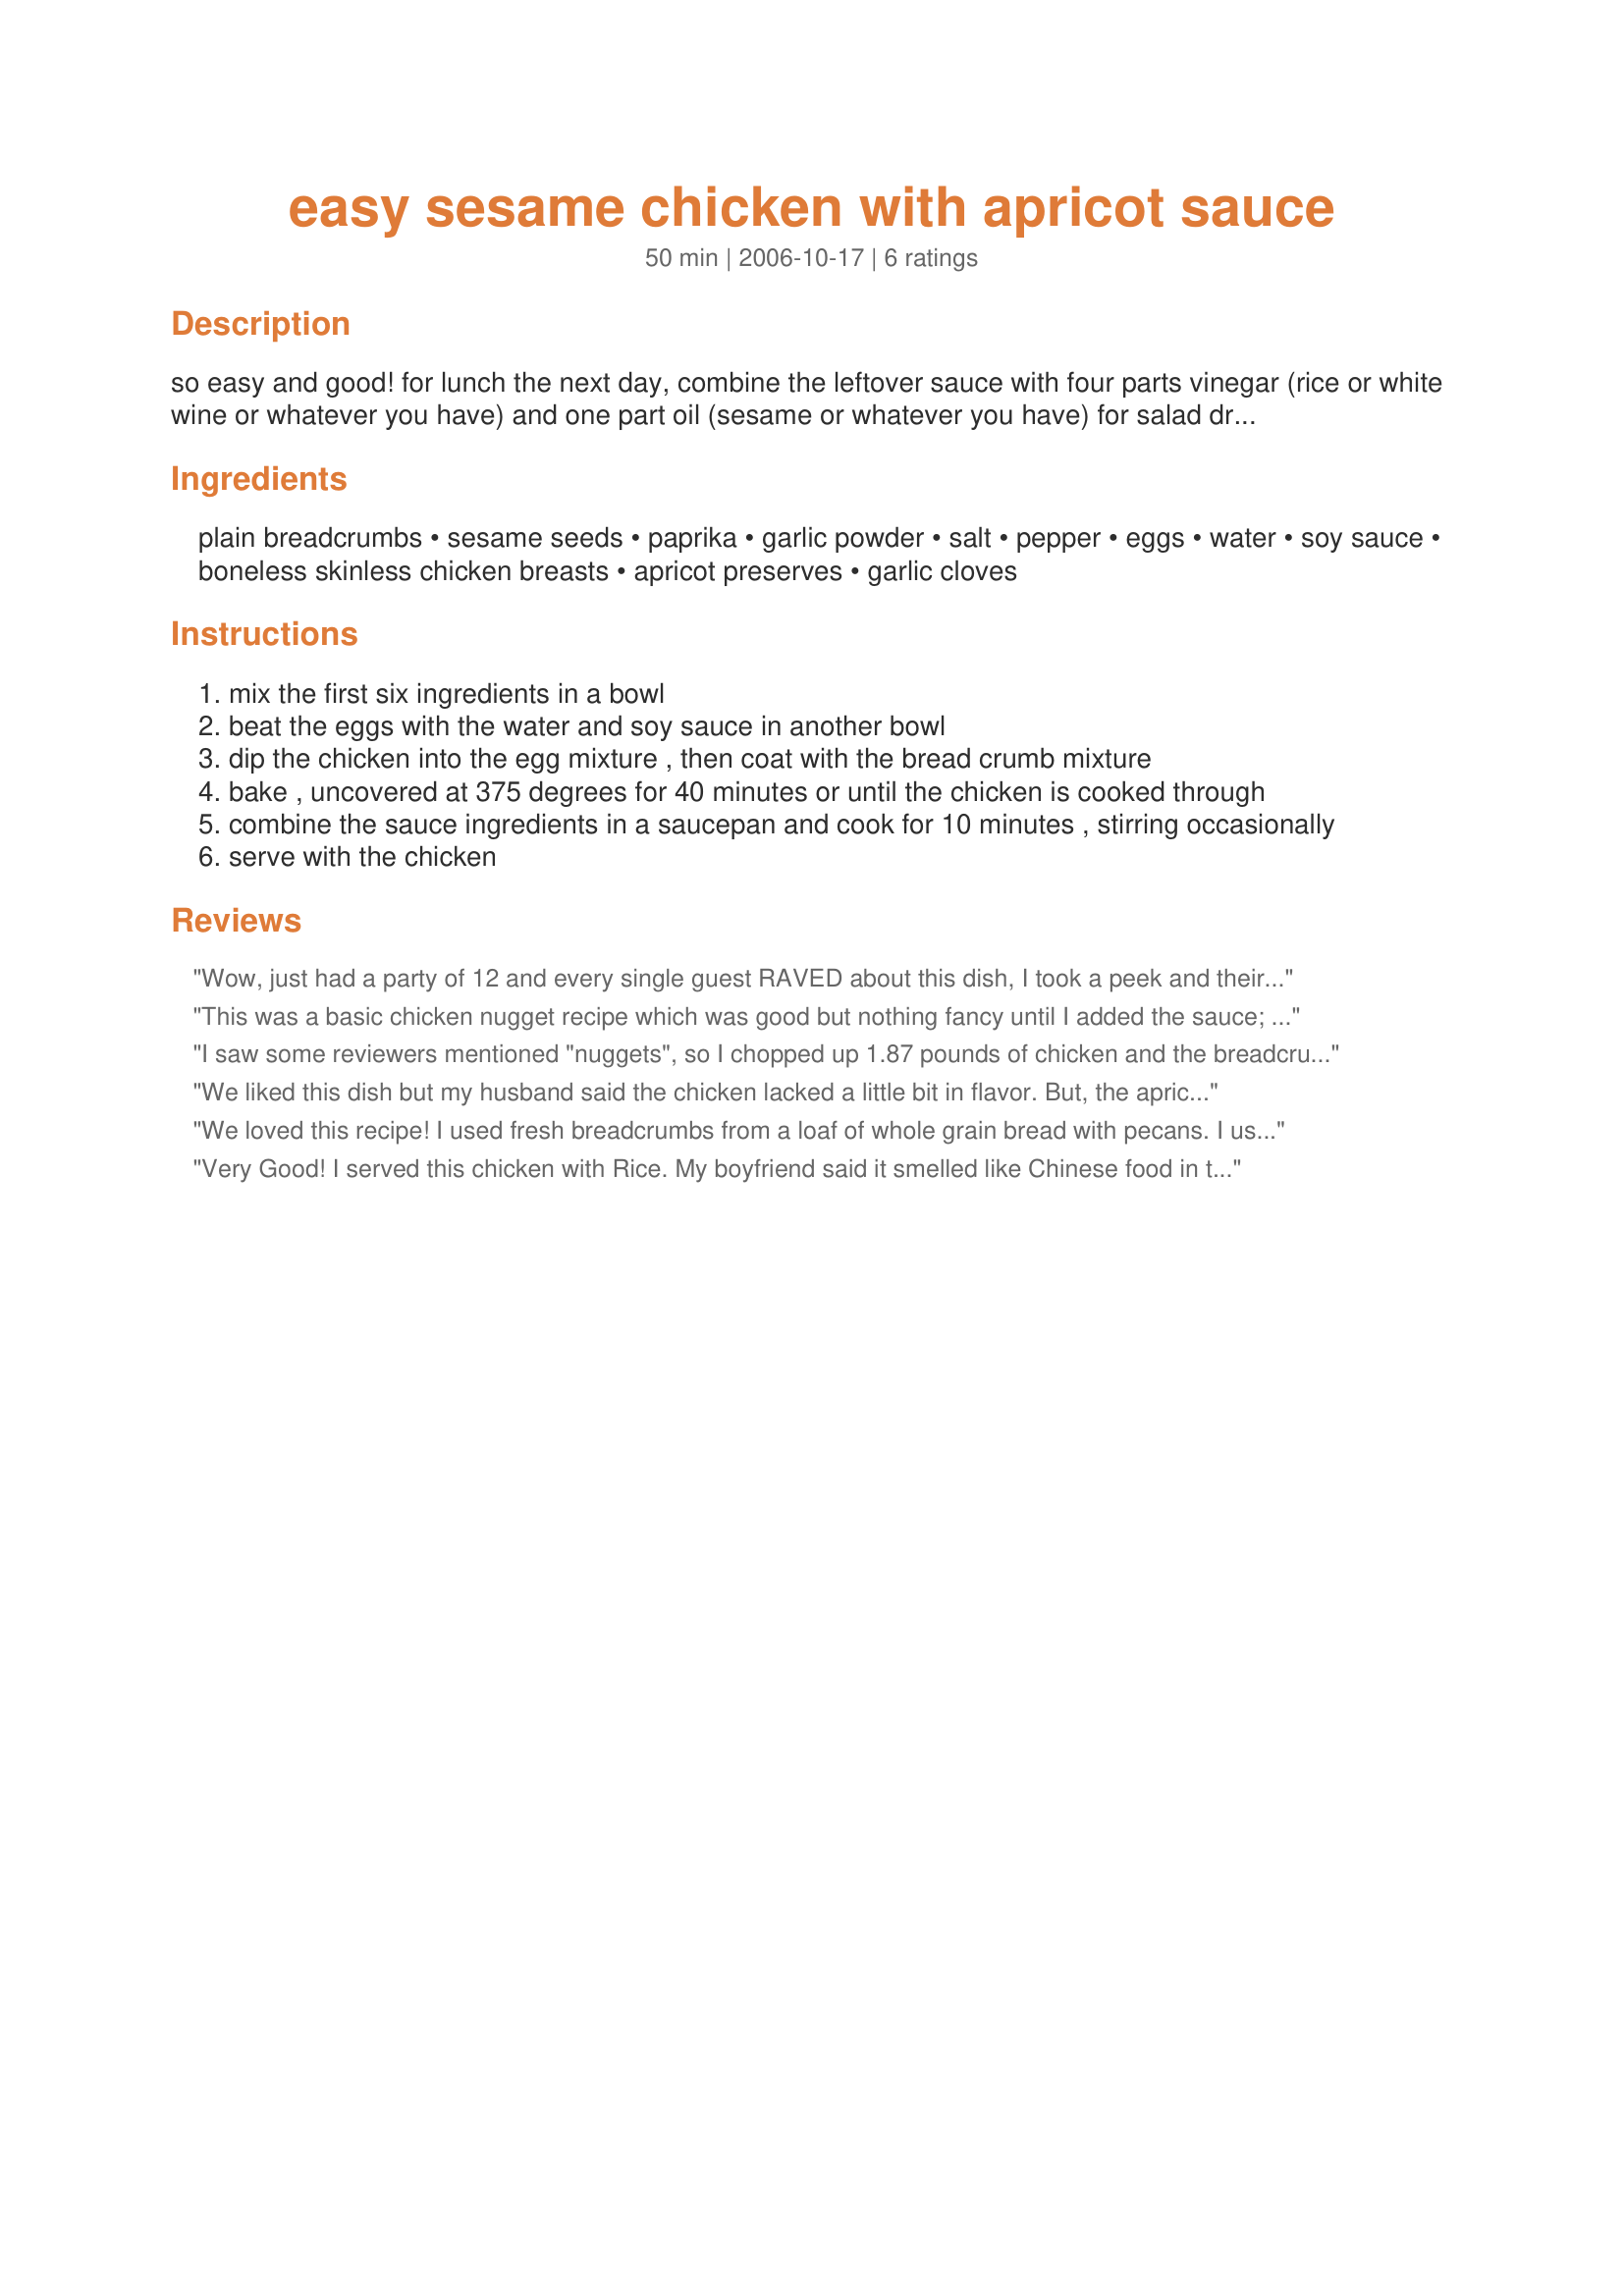
easy sesame chicken with apricot sauce
Preparation time: 50 minutes

so easy and good!

for lunch the next day, combine the leftover sauce with four parts vinegar (rice or white wine or whatever you have) and one part oil (sesame or whatever you have) for salad dressing. pour over your favorite greens, sliced leftover chicken and chopped veggies for a delicious asian salad!

Ingredients:
plain breadcrumbs, sesame seeds, paprika, garlic powder, salt, pepper, eggs, water, soy sauce, boneless skinless chicken breasts, apricot preserves, garlic cloves

Steps:
mix the first six ingredients in a bowl
beat the eggs with the water and soy sauce in another bowl
dip the chicken into the egg mixture , then coat with the bread crumb mixture
bake , uncovered at 375 degrees for 40 minutes or until the chicken is cooked through
combine the sauce ingredients in a saucepan and cook for 10 minutes , stirring occasionally
serve with the chicken

Reviews:
Wow, just had a party of 12 and every single guest RAVED about this dish, I took a peek and their plates were totally bare! Practically licked clean. I added 1/8 tsp. white pepper and 1/4 tsp. ginger to the sauce. I added part black sesame seeds for interest.
This recipe is very straight forward, EASY and really delicious!

Thanks, making it tomorrow night for the family. Yes, it is that good.
This was a basic chicken nugget recipe which was good but nothing fancy until I added the sauce; that really transformed it into something really delicious. We loved this.
I saw some reviewers mentioned "nuggets", so I chopped up 1.87 pounds of chicken and the breadcrumb mix just made it. I will make this again because my picky 3-year-old gobbled it up and asked for more. But next time I'll just cook the nuggets 25-30 minutes; they were overdone at 37-or-so when I took them out. I'll also try this with tofu as an experiment. Thanks! Reviewed for ZWT4.
We liked this dish but my husband said the chicken lacked a little bit in flavor. But, the apricot sauce was so delicious that once he tried it with the sauce he loved it. So, I guess, you could spice up the chicken a little more and then serve with the sauce. Oh, next time I will cut the chicken into pieces so we can serve it over rice like stir-fry.
We loved this recipe! I used fresh breadcrumbs from a loaf of whole grain bread with pecans. I used fresh paprika which really gave a great flavor to the chicken and the sauce complemented it well. I would make this again! Quick, Easy and yummy!!! Thanks Jen! *Photo Tag*
Very Good! I served this chicken with Rice. My boyfriend said it smelled like Chinese food in the kitchen while I was making this.
